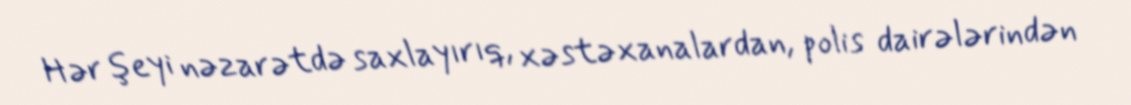
Hər şeyi nəzarətdə saxlayırıq, xəstəxanalardan, polis dairələrindən